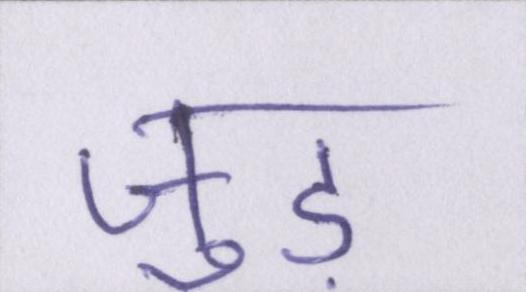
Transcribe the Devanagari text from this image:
जुड़